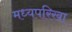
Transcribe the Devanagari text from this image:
मध्यपरिखा